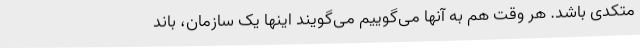
متکدی باشد. هر وقت هم به آنها می‌گوییم می‌گویند اینها یک سازمان، باند